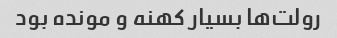
رولت‌ها بسیار کهنه و مونده بود